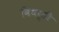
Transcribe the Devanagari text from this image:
विधर्ती